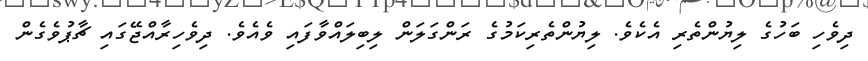
ދިވެހި ބަހުގެ ލިޔުންތެރި އެކެވެ. ލިޔުންތެރިކަމުގެ ރަންގަލަން ލިބިލައްވާފައި ވެއެވެ. ދިވެހިރާއްޖޭގައި ޗާޕުވެގެން